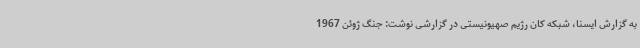
به گزارش ایسنا، شبکه کان رژیم صهیونیستی در گزارشی نوشت: جنگ ژوئن 1967